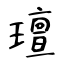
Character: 璮